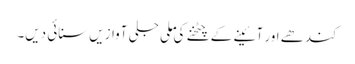
کندھے اور آئینے کے چٹخنے کی ملی جلی آوازیں سنائی دیں۔